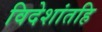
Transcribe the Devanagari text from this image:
विदेशांतहि